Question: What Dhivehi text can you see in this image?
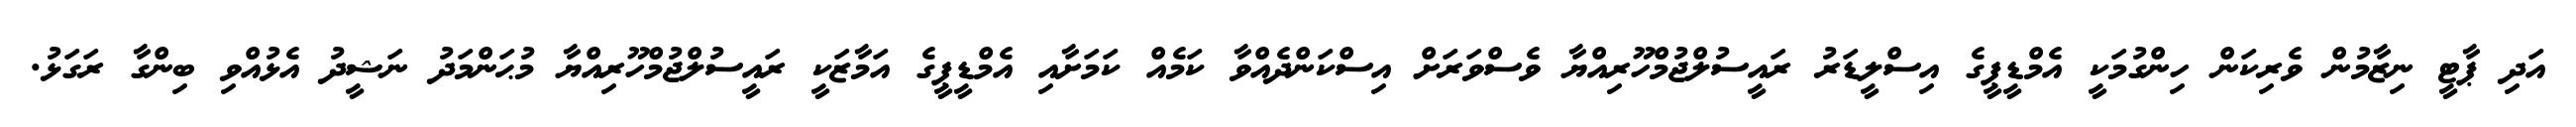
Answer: އަދި ޕާޓީ ނިޒާމުން ވެރިކަން ހިންގުމަކީ އެމްޑީޕީގެ އިސްލީޑަރު ރައީސުލްޖުމްހޫރިއްޔާ ވެސްވަރަށް އިސްކަންދެއްވާ ކަމެއް ކަމަށާއި އެމްޑީޕީގެ އަމާޒަކީ ރައީސުލްޖުމްހޫރިއްޔާ މުޙަންމަދު ނަޝީދު އެޅުއްވި ބިންގާ ރަގަޅު.